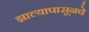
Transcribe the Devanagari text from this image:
झाल्यापासूनचे